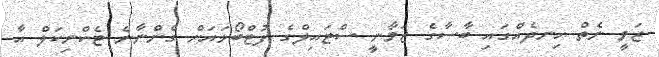
ޒަވީ ނެތް ހިނދެއްގައި ބާސާގެ ޒަމާނީ ސްޓައިލްގެ ފުޓްބޯޅައަށް ގެންނާނެ ޓެކްނިކަލް އާ